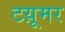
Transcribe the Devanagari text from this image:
टय़ूमर